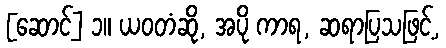
[ဆောင်] ၁။ ယဝတံဆို, အပို ကာရ, ဆရာပြသဖြင့်,